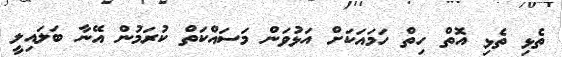
ތެޅި ތެޅި އޮތް ހިތް ހަމައަކަށް އަޅުވަން މަސައްކަތް ކުރަމުން އޭނާ ބަލައިލީ